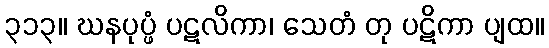
၃၁၃။ ဃနပုပ္ဖံ ပဋလိကာ၊ သေတံ တု ပဋိကာ ပျထ။